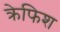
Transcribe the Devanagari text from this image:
क्रेफिश